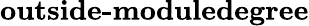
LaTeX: \textbf{outside-moduledegree}